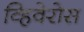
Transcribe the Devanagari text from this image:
व्हिवेरोस